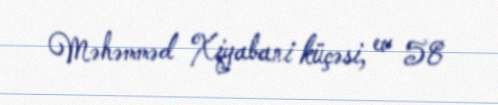
Məhəmməd Xiyabani küçəsi, ev 58